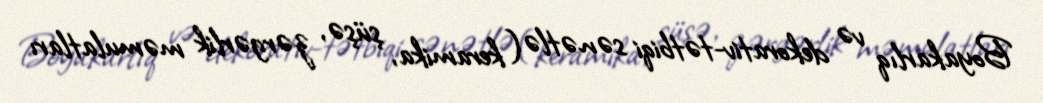
Boyakarlıq və dekorativ-tətbiqi sənətlə (keramika, şüşə, zərgərlik məmulatları